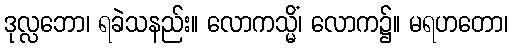
ဒုလ္လဘော၊ ရခဲသနည်း။ လောကသ္မိံ၊ လောက၌။ မရဟတော၊